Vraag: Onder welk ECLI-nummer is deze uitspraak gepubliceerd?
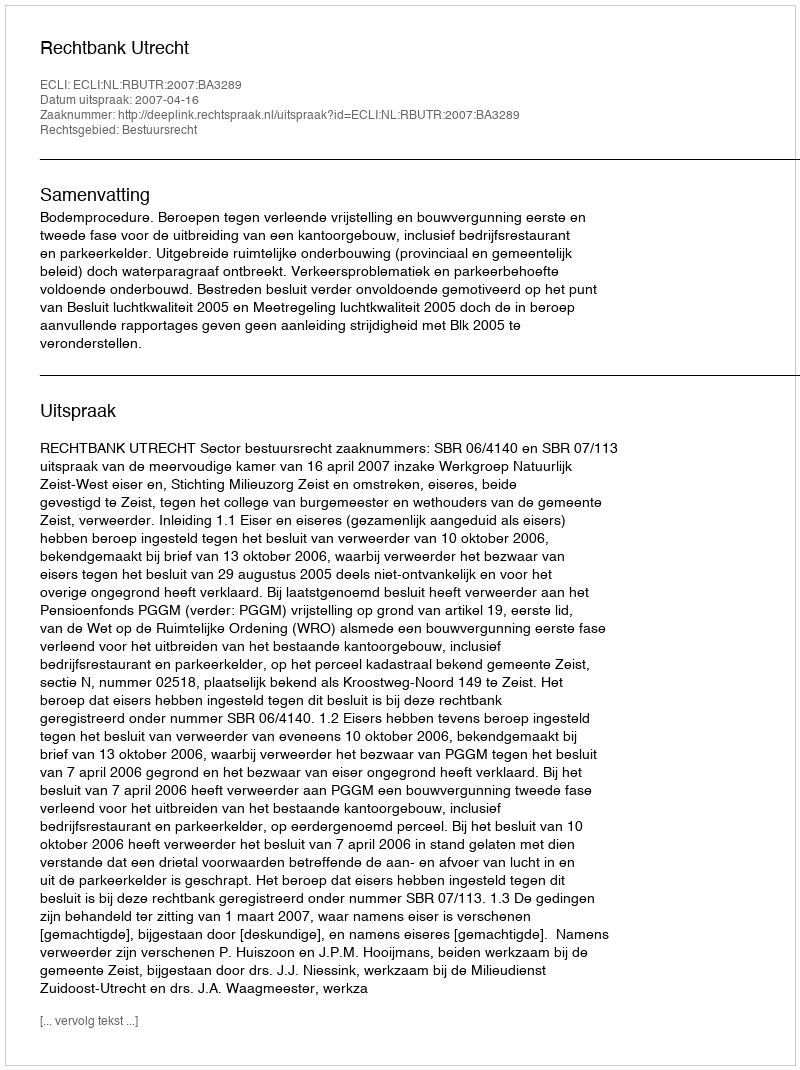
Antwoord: ECLI:NL:RBUTR:2007:BA3289